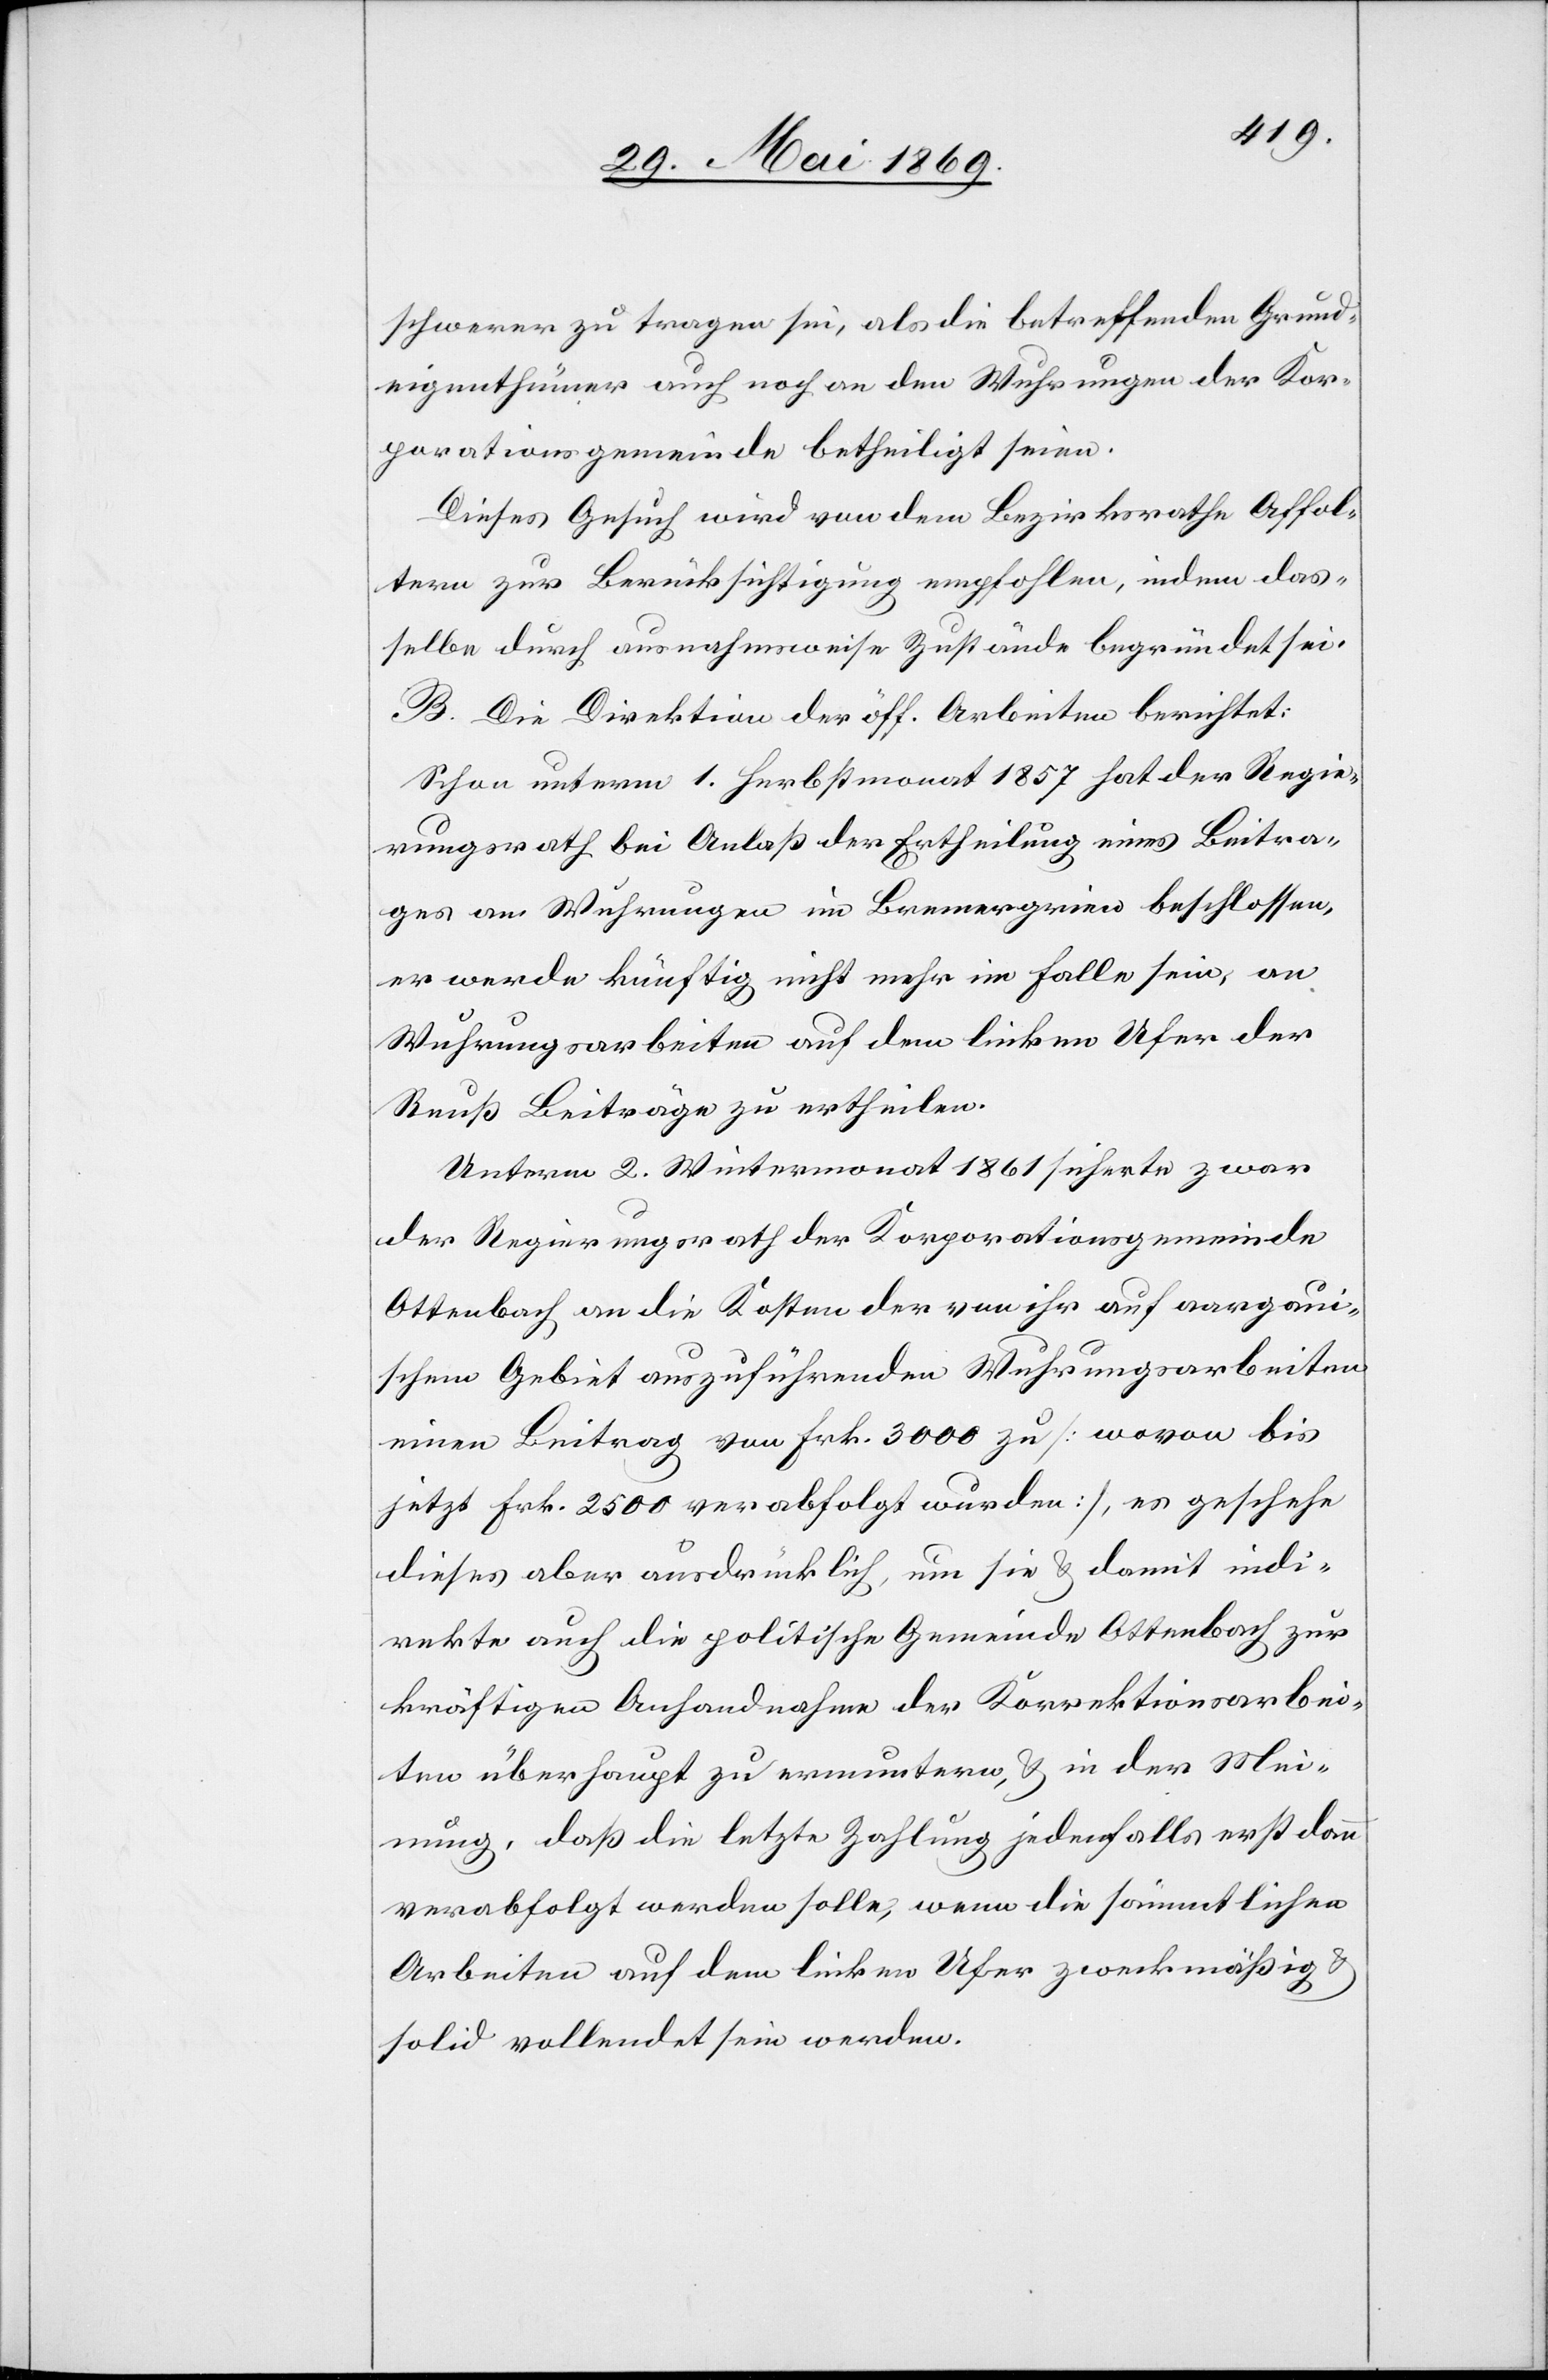
schwerer zu tragen sei, als die betreffenden Grund¬
eigenthümer auch noch an den Wuhrungen der Kor¬
porationsgemeinde betheiligt seien.
Dieses Gesuch wird von dem Bezirksrathe Affol¬
tern zur Berücksichtigung empfohlen, indem das¬
selbe durch ausnahmsweise Zustände begründet sei.
B. Die Direktion der öff. Arbeiten berichtet:
Schon unterm 1 Herbstmonat 1857 hat der Regie¬
rungsrath bei Anlaß der Ertheilung eines Beitra¬
ges an Wuhrungen im Bremergrien beschlossen,
er werde künftig nicht mehr im Falle sein, an
Wuhrungsarbeiten auf dem linken Ufer der
Reuß Beiträge zu ertheilen.
Unterm 2 Wintermonat 1861 sicherte zwar
der Regierungsrath der Korporationsgemeinde
Ottenbach an die Kosten der von ihr auf aargaui¬
schem Gebiet auszuführenden Wuhrungsarbeiten
einen Beitrag von Frk. 3000 zu [wovon bis
jetzt Frk. 2500 verabfolgt wurden], es geschehe
dieses aber ausdrücklich, um sie u. damit indi¬
rekte auch die politische Gemeinde Ottenbach zur
kräftigen Anhandnahme der Korrektionsarbei¬
ten überhaupt zu ermuntern, u. in der Mei¬
nung, daß die letzte Zahlung jedenfalls erst dann
verabfolgt werden solle, wenn die sämmtlichen
Arbeiten auf dem linken Ufer zweckmäßig u.
solid vollendet sein werden.